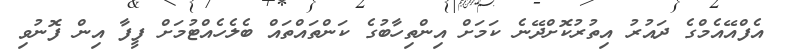
އެފްއޭއެމްގެ ދައުރު އިތުރުކޮށްދޭނެ ކަމަށް އިންތިހާބުގެ ކަންތައްތައް ބެލެހެއްޓުމަށް ފީފާ އިން ފޮނުވި